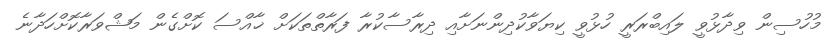
މުހުސިން ވިދާޅުވީ ލައިބްރަރީ ހުޅުވީ ކިޔަވާކުދިންނަށާއި ދިރާސާކުރާ ފަރާތްތަކަށް ޚާއްސަ ކޮށްގެން މަޝްވަރާކޮށްހަދާނެ